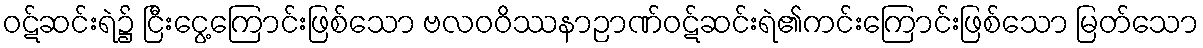
ဝဋ်ဆင်းရဲ၌ ငြီးငွေ့ကြောင်းဖြစ်သော ဗလဝဝိဿနာဉာဏ်ဝဋ်ဆင်းရဲ၏ကင်းကြောင်းဖြစ်သော မြတ်သော